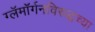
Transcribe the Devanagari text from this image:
ग्लॅमॉर्गनविरुद्धच्या